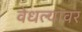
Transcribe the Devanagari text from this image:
वेधल्यावर